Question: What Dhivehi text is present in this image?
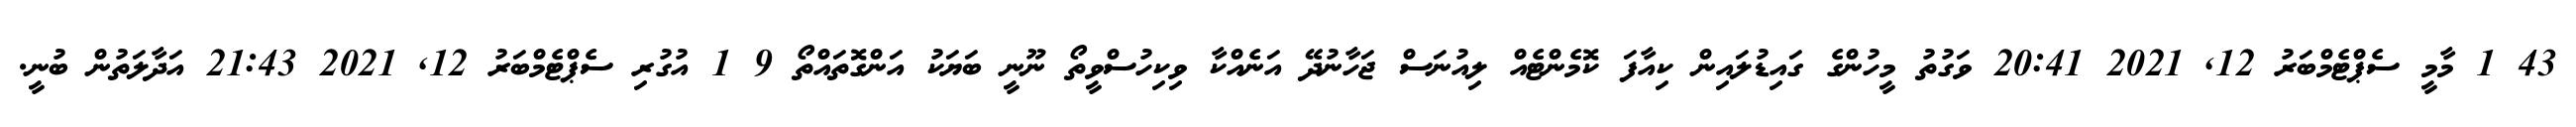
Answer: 43 1 މާމީ ސެޕްޓެމްބަރު 12, 2021 20:41 ވަގުތު މީހުންގެ ގައިޑުލައިން ކިއާފަ ކޮމެންޓެއް ލިއުނަސް ޖަހާނުދޭ އަނެއްކާ ވިކިހުސްވީތޯ ނޫނީ ބަޔަކު އަންގޮތައްތޯ 9 1 އުގުރި ސެޕްޓެމްބަރު 12, 2021 21:43 އަދާލަތުން ބުނީ.